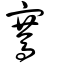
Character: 騫